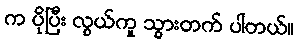
က ပိုပြီး လွယ်ကူ သွားတက် ပါတယ်။